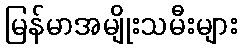
မြန်မာအမျိုးသမီးများ